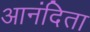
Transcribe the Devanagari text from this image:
आनंदिता